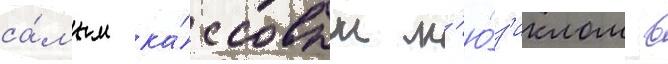
са́мым ка́ссовым м'ю́з'иклом в